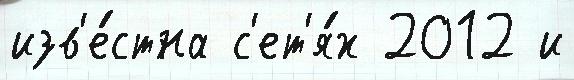
изв'е́стна с'ет'я́х 2012 и